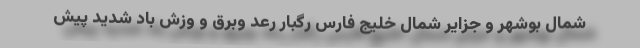
شمال بوشهر و جزایر شمال خلیج فارس رگبار رعد وبرق و وزش باد شدید پیش